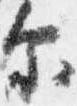
示